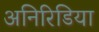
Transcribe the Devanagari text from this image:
अनिरिडिया